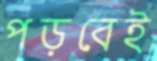
পড়বেই